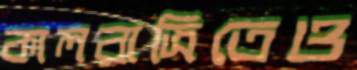
কালরাত্রিতেও